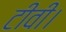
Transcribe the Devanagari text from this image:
टीवी।